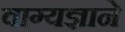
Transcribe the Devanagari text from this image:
वाग्यज्ञाने